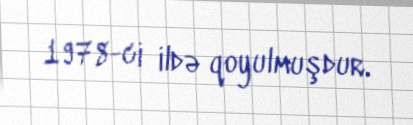
1978-ci ildə qoyulmuşdur.